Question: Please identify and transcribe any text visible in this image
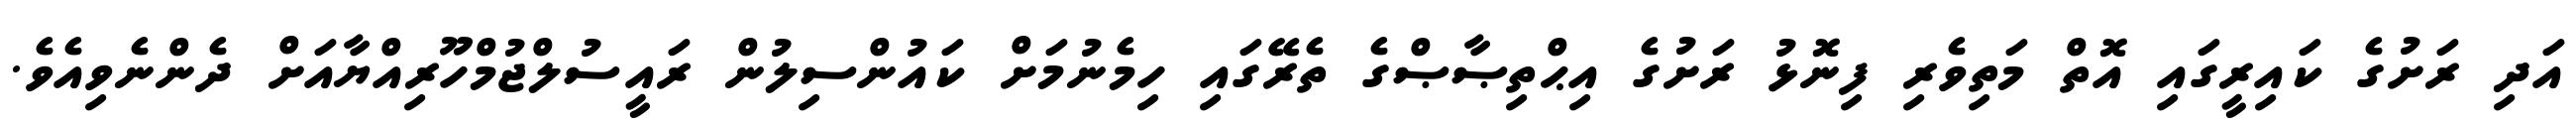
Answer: އަދި ރަށުގެ ކައިރީގައި އޮތް މަތިވެރި ފިނޮޅު ރަށުގެ އިޙްތިޞާޞްގެ ތެރޭގައި ހިމެނުމަށް ކައުންސިލުން ރައީސުލްޖުމްހޫރިއްޔާއަށް ދެންނެވިއެވެ.